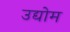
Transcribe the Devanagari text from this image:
उद्योम